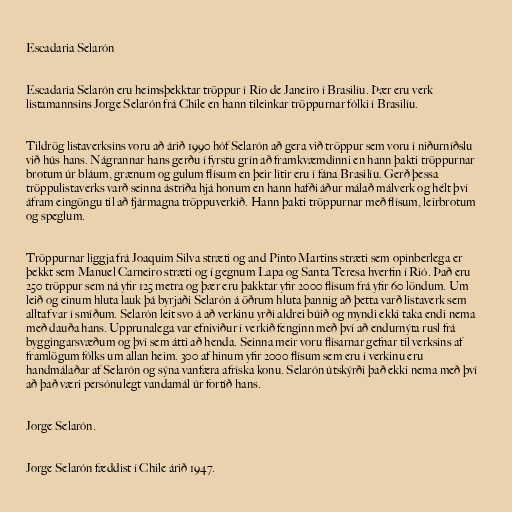
Escadaria Selarón

Escadaria Selarón eru heimsþekktar tröppur í Rio de Janeiro í Brasilíu. Þær eru verk
listamannsins Jorge Selarón frá Chile en hann tileinkar tröppurnar fólki í Brasilíu.

Tildrög listaverksins voru að árið 1990 hóf Selarón að gera við tröppur sem voru í niðurníðslu
við hús hans. Nágrannar hans gerðu í fyrstu grín að framkvæmdinni en hann þakti tröppurnar
brotum úr bláum, grænum og gulum flísum en þeir litir eru í fána Brasilíu. Gerð þessa
tröppulistaverks varð seinna ástríða hjá honum en hann hafði áður málað málverk og hélt því
áfram eingöngu til að fjármagna tröppuverkið. Hann þakti tröppurnar með flísum, leirbrotum
og speglum.

Tröppurnar liggja frá Joaquim Silva stræti og and Pinto Martins stræti sem opinberlega er
þekkt sem Manuel Carneiro stræti og í gegnum Lapa og Santa Teresa hverfin í Ríó. Það eru
250 tröppur sem ná yfir 125 metra og þær eru þakktar yfir 2000 flísum frá yfir 60 löndum. Um
leið og einum hluta lauk þá byrjaði Selarón á öðrum hluta þannig að þetta varð listaverk sem
alltaf var í smíðum. Selarón leit svo á að verkinu yrði aldrei búið og myndi ekki taka endi nema
með dauða hans. Upprunalega var efniviður í verkið fenginn með því að endurnýta rusl frá
byggingarsvæðum og því sem átti að henda. Seinna meir voru flísarnar gefnar til verksins af
framlögum fólks um allan heim. 300 af hinum yfir 2000 flísum sem eru í verkinu eru
handmálaðar af Selarón og sýna vanfæra afríska konu. Selarón útskýrði það ekki nema með því
að það væri persónulegt vandamál úr fortíð hans.

Jorge Selarón.

Jorge Selarón fæddist í Chile árið 1947.